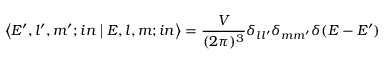
\left\langle { { E ^ { \prime } , l ^ { \prime } , m ^ { \prime } ; i n } } \mathrel { \left| { \vphantom { { E ^ { \prime } , l ^ { \prime } , m ^ { \prime } ; i n } { E , l , m } } } \right. \kern - \nulldelimiterspace } { { E , l , m ; i n } } \right\rangle = { \frac { V } { ( 2 \pi ) ^ { 3 } } } \delta _ { l l ^ { \prime } } \delta _ { m m ^ { \prime } } \delta ( E - E ^ { \prime } )